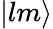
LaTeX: |lm\rangle